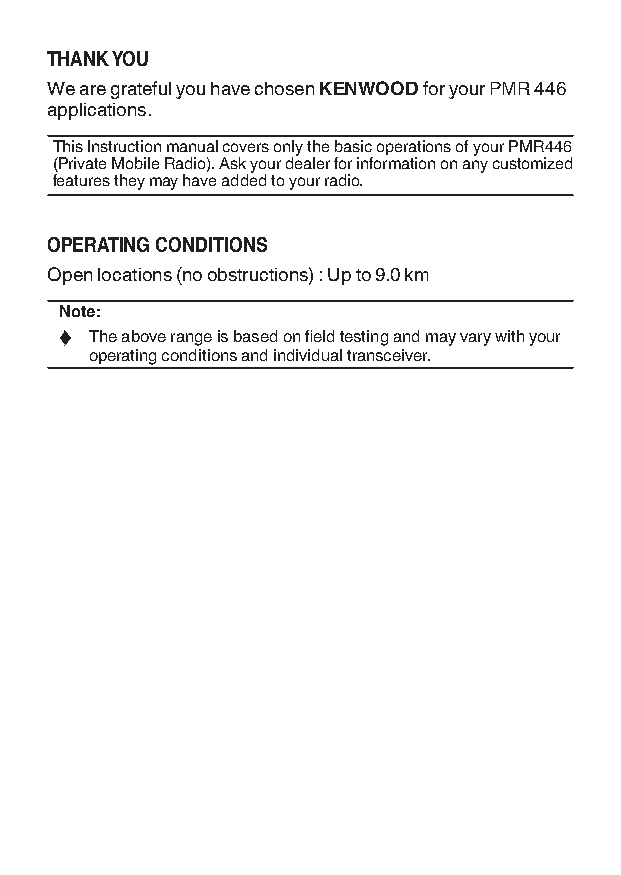
Thank You
 We are grateful you have chosen kenwood for your PMR 446
 applications.
 This Instruction manual covers only the basic operations of your PMR446
 (Private Mobile Radio). Ask your dealer for information on any customized
 features they may have added to your radio.
 operaTing CondiTions
 Open locations (no obstructions) : Up to 9.0 km
 note:
 ◆ The above range is based on field testing and may vary with your
 operating conditions and individual transceiver.